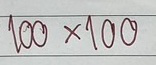
100x100